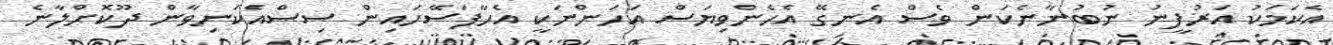
އެކަމަކު އަރުފީނު ނުބުނާނެކަން ވެސް އެނގޭ އެހެންވިޔަސް އަހަންނަކީ އެހާފަސޭހައިން ސިސްއެކަނިވާން ދޫކޮށްލާނެ